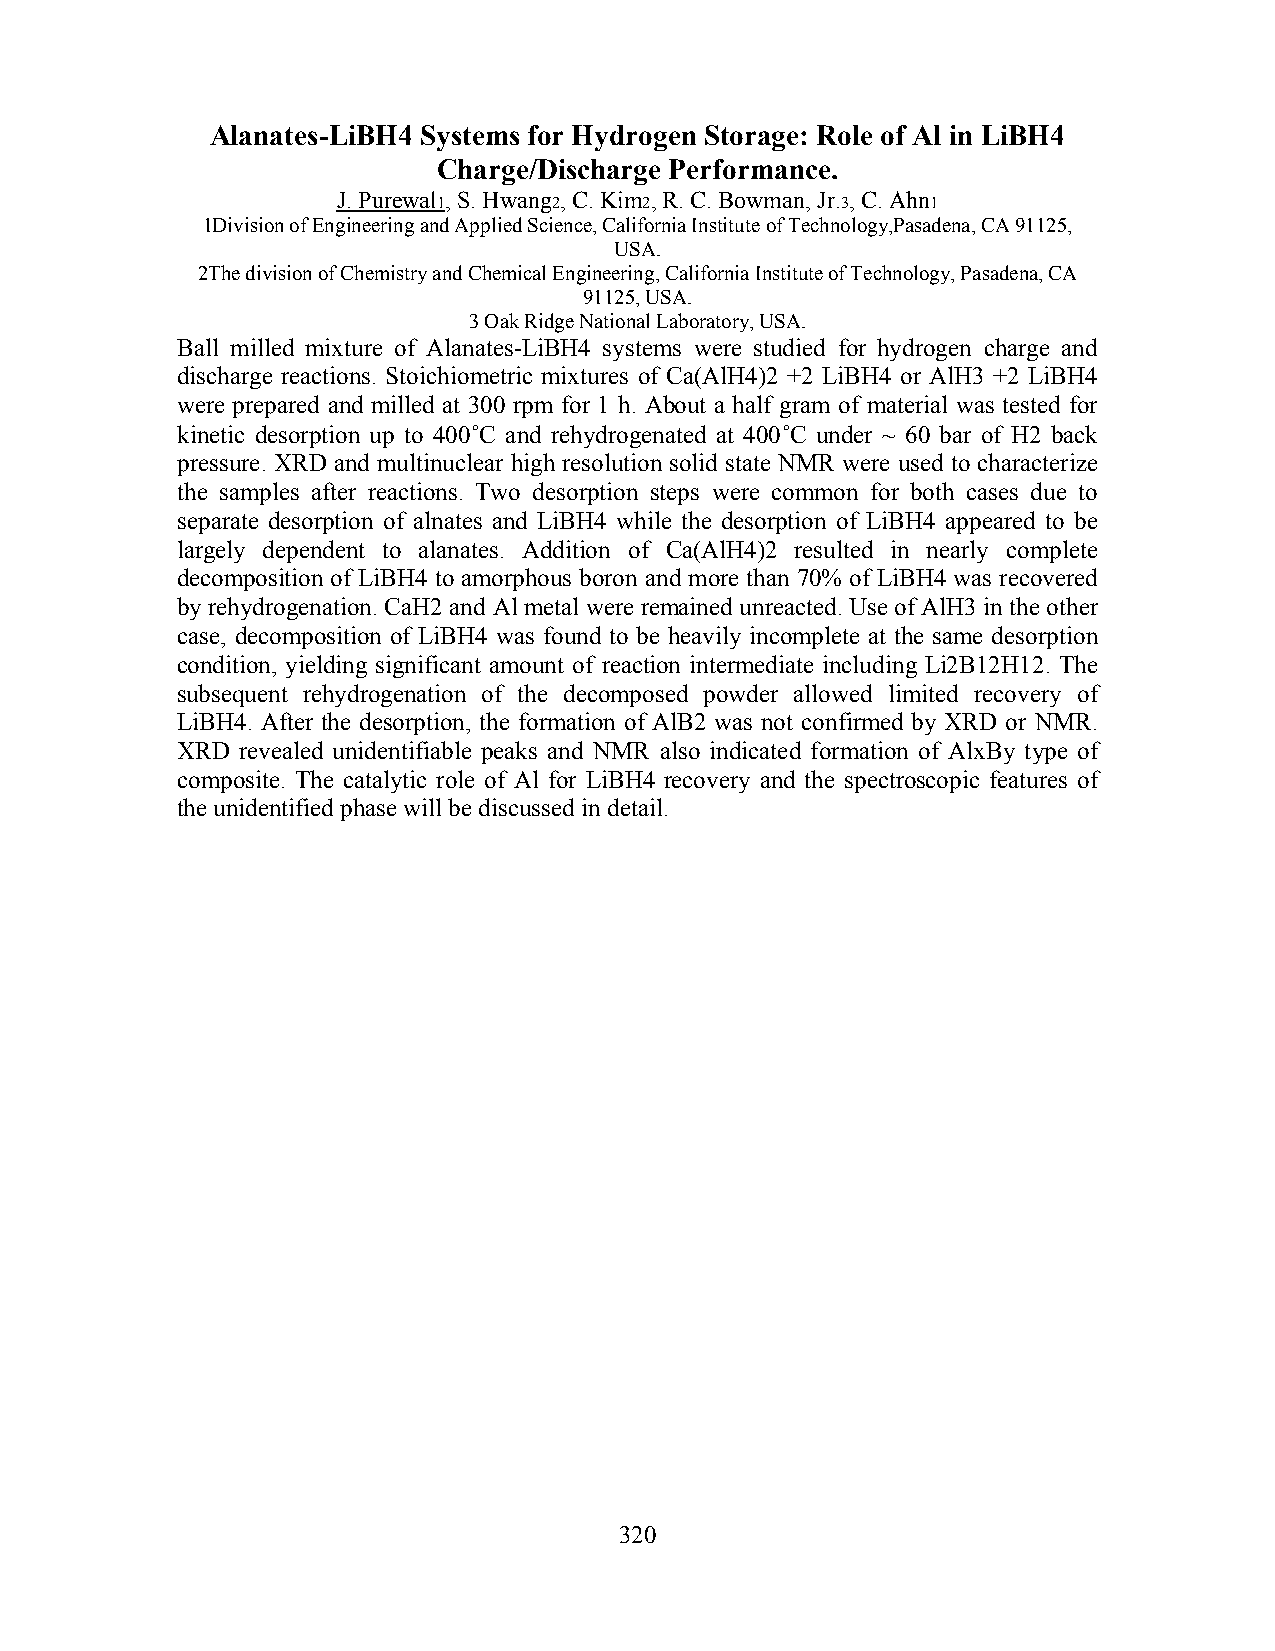
Alanates-LiBH4 Systems for Hydrogen Storage: Role of Al in LiBH4
 Charge/Discharge Performance.
 J. Purewal1, S. Hwang2, C. Kim2, R. C. Bowman, Jr.3, C. Ahn1
 1Division of Engineering and Applied Science, California Institute of Technology,Pasadena, CA 91125,
 USA.
 2The division of Chemistry and Chemical Engineering, California Institute of Technology, Pasadena, CA
 91125, USA.
 3 Oak Ridge National Laboratory, USA.
 Ball milled mixture of Alanates-LiBH4 systems were studied for hydrogen charge and
 discharge reactions. Stoichiometric mixtures of Ca(AlH4)2 +2 LiBH4 or AlH3 +2 LiBH4
 were prepared and milled at 300 rpm for 1 h. About a half gram of material was tested for
 kinetic desorption up to 400 ̊C and rehydrogenated at 400 ̊C under ~ 60 bar of H2 back
 pressure. XRD and multinuclear high resolution solid state NMR were used to characterize
 the samples after reactions. Two desorption steps were common for both cases due to
 separate desorption of alnates and LiBH4 while the desorption of LiBH4 appeared to be
 largely dependent to alanates. Addition of Ca(AlH4)2 resulted in nearly complete
 decomposition of LiBH4 to amorphous boron and more than 70% of LiBH4 was recovered
 by rehydrogenation. CaH2 and Al metal were remained unreacted. Use of AlH3 in the other
 case, decomposition of LiBH4 was found to be heavily incomplete at the same desorption
 condition, yielding significant amount of reaction intermediate including Li2B12H12. The
 subsequent rehydrogenation of the decomposed powder allowed limited recovery of
 LiBH4. After the desorption, the formation of AlB2 was not confirmed by XRD or NMR.
 XRD revealed unidentifiable peaks and NMR also indicated formation of AlxBy type of
 composite. The catalytic role of Al for LiBH4 recovery and the spectroscopic features of
 the unidentified phase will be discussed in detail.
 320